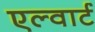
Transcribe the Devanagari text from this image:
एल्वार्ट